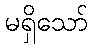
မရှိသော်